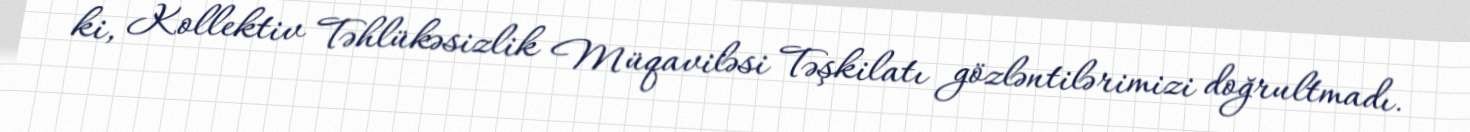
ki, Kollektiv Təhlükəsizlik Müqaviləsi Təşkilatı gözləntilərimizi doğrultmadı.